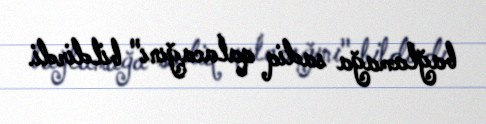
bağlamağa sadiq qalacağını" bildirdi.